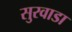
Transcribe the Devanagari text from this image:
सुरवाडा